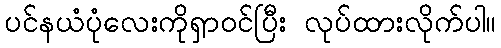
ပင်နယံပုံလေးကိုရှာဝင်ပြီး လုပ်ထားလိုက်ပါ။